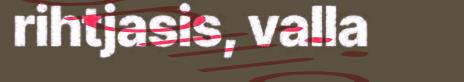
rihtjasis, valla